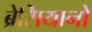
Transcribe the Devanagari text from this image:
ब्रेसियानो